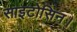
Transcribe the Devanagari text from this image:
साइटोसिन।